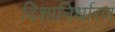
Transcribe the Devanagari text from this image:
दिशानिर्धारण